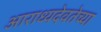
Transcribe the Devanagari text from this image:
आराध्यदेवतेच्या